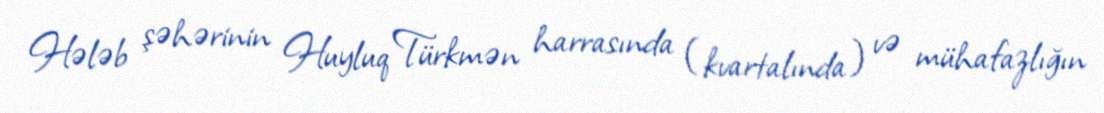
Hələb şəhərinin Huyluq Türkmən harrasında (kvartalında) və mühafazlığın